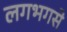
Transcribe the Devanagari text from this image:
लगभगसे